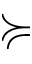
\succcurlyeq